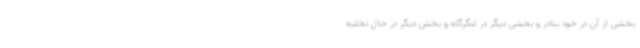
بخشی از آن در خود بنادر و بخشی دیگر در لنگرگاه و بخش دیگر در حال تخلیه